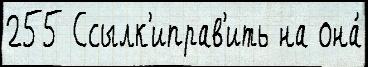
255 Ссылк'иправ'ить на она́